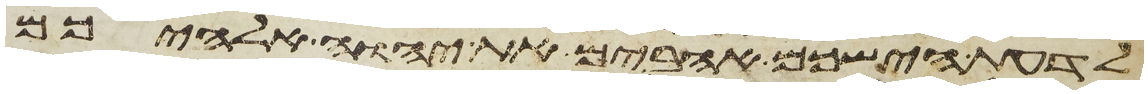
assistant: לדעת הישכם אהבים את יהוה אלהיכם